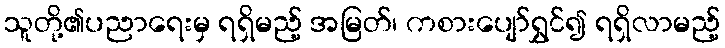
သူတို့၏ပညာရေးမှ ရရှိမည့် အမြတ်၊ ကစားပျော်ရွှင်၍ ရရှိလာမည့်